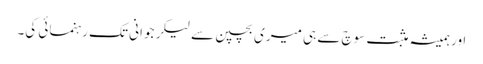
اور ہمیشہ مثبت سوچ سے ہی میری بچپن سے لیکر جوانی تک رہنمائی کی۔